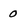
Character: 0